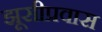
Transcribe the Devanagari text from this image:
झूसीप्रवास